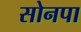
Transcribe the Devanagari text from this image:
सोनपा